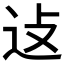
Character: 𬨞